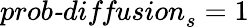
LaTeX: \textit{prob-diffusion}_{s}=1